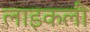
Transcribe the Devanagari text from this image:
लाइकली